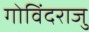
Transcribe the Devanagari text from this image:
गोविंदराजु